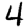
Digit: 4